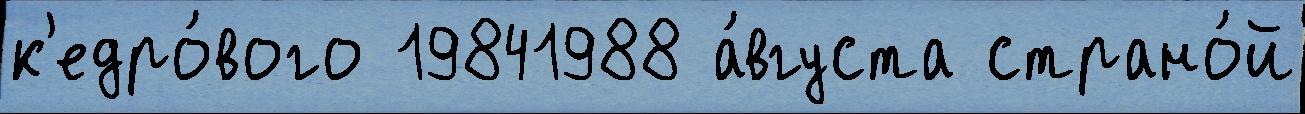
к'едро́вого 19841988 а́вгуста страно́й